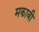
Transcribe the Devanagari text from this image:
मकाबी